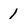
Character: 1